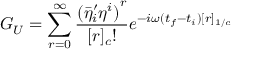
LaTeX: G _ { U } = \sum _ { r = 0 } ^ { \infty } \frac { { ( { { \bar { \eta } } ^ { \prime } } _ { i } { \eta } ^ { i } ) } ^ { r } } { [ r ] _ { c } ! } e ^ { - i \omega ( t _ { f } - t _ { i } ) [ r ] _ { 1 / c } }